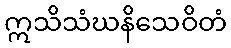
ဣသိသံဃနိသေဝိတံ